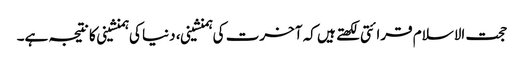
حجت الاسلام قرائتی لکھتے ہیں کہ آخرت کی ہمنشینی، دنیا کی ہمنشینی کا نتیجہ ہے۔